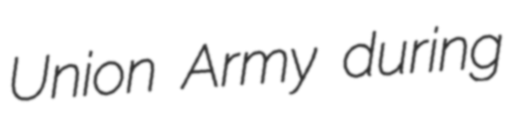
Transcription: Union Army during